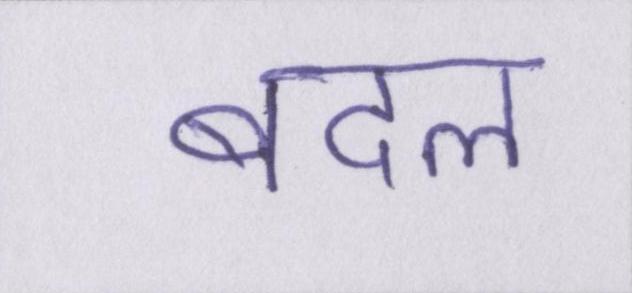
बदल